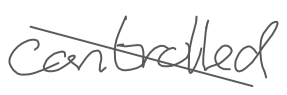
Text: controlled
Cross-out: diagonal
Writing tool: digital_gray